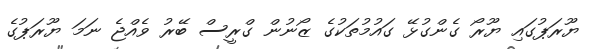
ޔޫރަޕުގައި ޔޫރޯ ގެންގުޅޭ ގައުމުތަކުގެ ޒޯނުން ގްރީސް ބޭރު ވެއްޖެ ނަމަ ޔޫރަޕުގެ